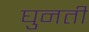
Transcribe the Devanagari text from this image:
घुनती